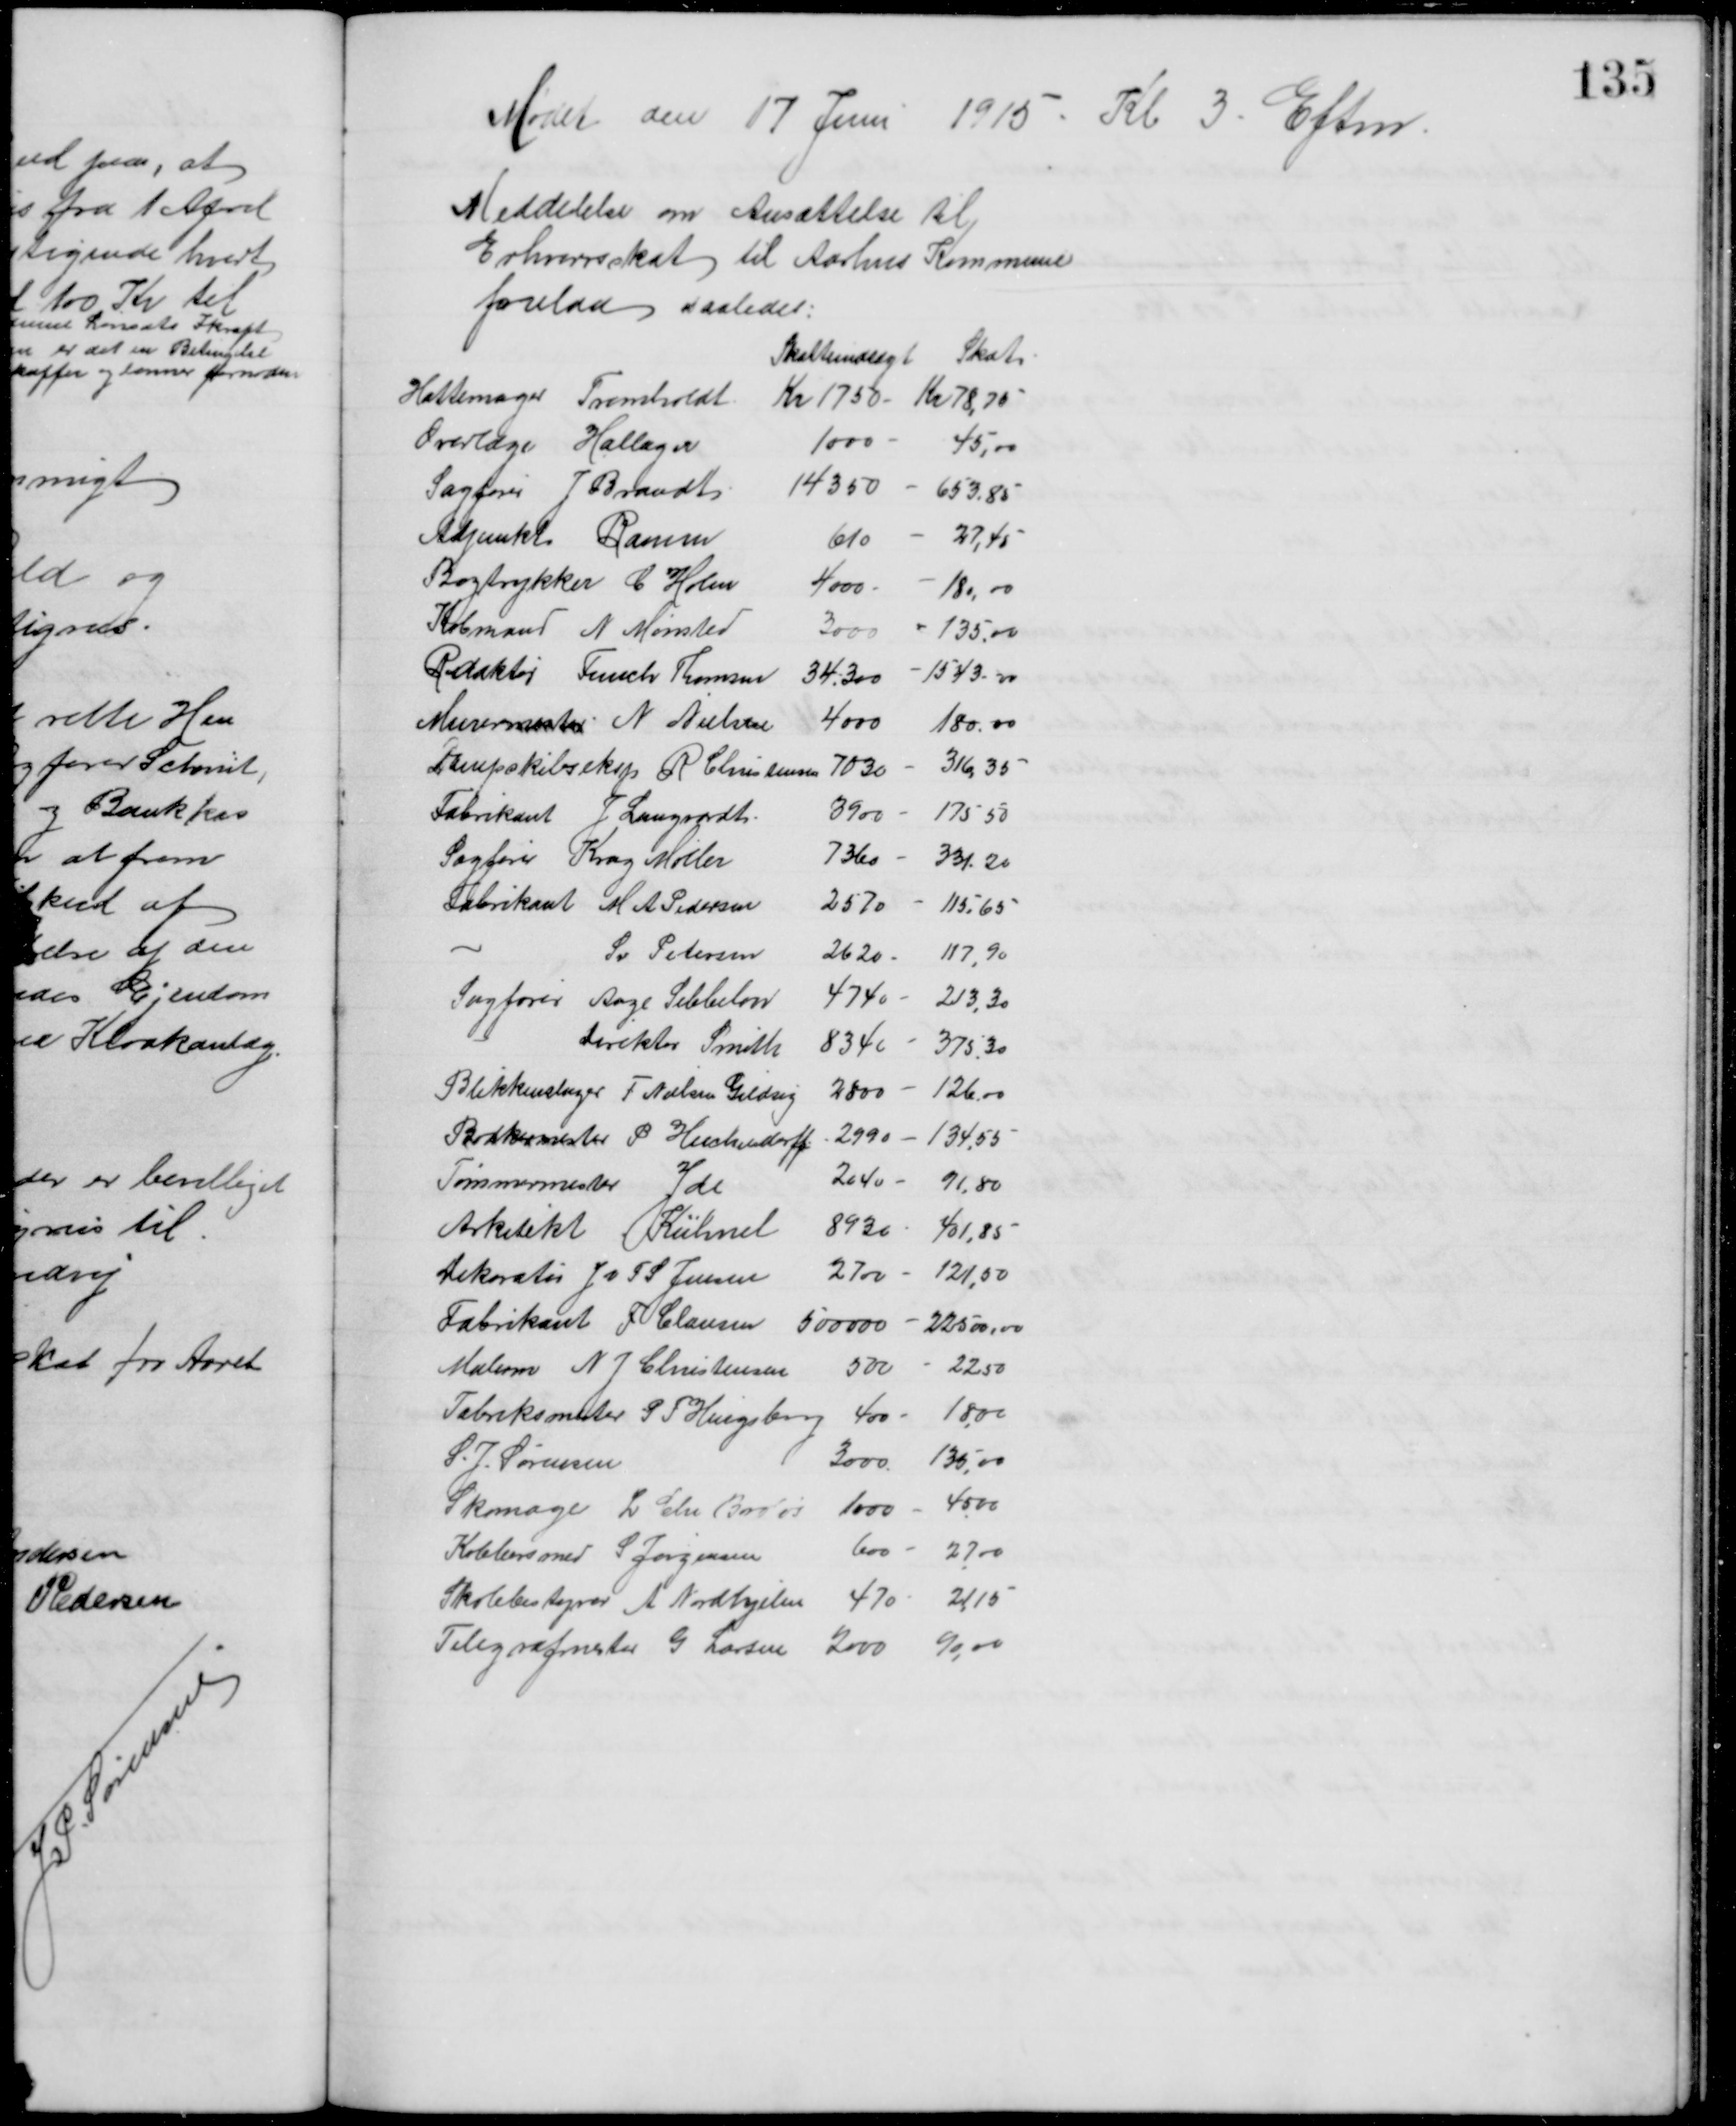
Transskription:
Mødet den 17 Juni 1915. Kl 3. Eftm.
Meddelelse om Ansættelse til
Erhvervsskat til Aarhus Kommune
forelaa saaledes:
Skatteindtægt Skat
Hattemager Tromholdt
Kr 1750 Kr - Kr 78,75
Overlæge Hallager
1000 - 45,00
Sagfører J. Brandt
14350 - 653,85
Adjunkt Ramm
610 - 27,45
Bogtrykker C. Holm
4000  - 180,00
Købmand N. Mønsted
3000 - 135.00
Redaktør Funch Thomsen
34.300 - 1543,00
Murermester N. Nielsen
4000 180.00
Dampskibseksp R Christensen
7030 - 316,35
Fabrikant J. Langvardt
3900 - 175,50
Sagfører Krag Møller
7360 - 331,20
Fabrikant M. A. Pedersen
2570 - 115,65
Sv. Petersen
2620 - 117,90
Sagfører Aage Sebbelow
4740 - 213,30
Direktør Smith
8340 - 375,30
Blikkenslager F. Nielsen Gildsig
2800 - 126,00
Bødkermester P. Heichendorff
2990 - 134,55
Tømmermester Yde
2040 - 91,80
Arkitekt Kühnel
8930 - 401,85
Dekoratør J v F S Jensen
2700 - 121,50
Fabrikant F. Clausen
500000 - 22500,00
Malerm N J Christensen
500 - 22,50
Fabriksmester P F Hingsberg 400 - 18,00
S. J. Sørensen
3000. 135,00
Skomager L Chr Broløs 1000 - 40,00
Kobbersmed S Jørgensen
600 - 27,00
Skolebestyrer A. Nordhjelm 470 - 21,15
Telegrafmester G. Larsen 2000 90,00